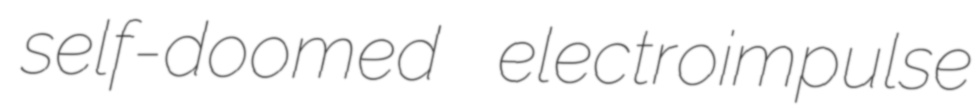
self-doomed electroimpulse